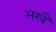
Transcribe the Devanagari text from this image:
भखै